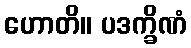
ဟောတိ။ ပဒက္ခိဏံ